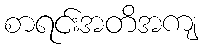
စာရင်းအတိအကျ